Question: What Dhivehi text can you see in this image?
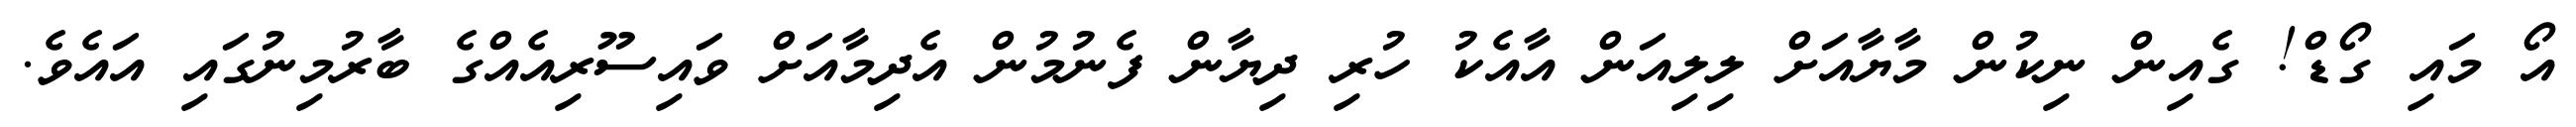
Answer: އޯ މައި ގޯޑް! ގެއިން ނިކުން މާޔާއަށް ލިލިއަން އާއެކު ހުރި ދިޔާން ފެނުމުން އެދިމާއަށް ވައިސޫރިއެއްގެ ބާރުމިނުގައި އައެވެ.